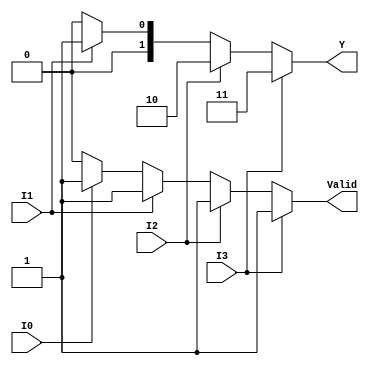
module priority_encoder_4to2 (
    input wire I0,  // Input 0
    input wire I1,  // Input 1
    input wire I2,  // Input 2
    input wire I3,  // Input 3
    output reg [1:0] Y, // 2-bit output
    output reg Valid // Valid output
);

always @(*) begin
    // Default values
    Y = 2'b00; // Default output
    Valid = 1'b0; // Default valid output

    // Check for active inputs in priority order
    if (I3) begin
        Y = 2'b11; // Highest priority
        Valid = 1'b1;
    end else if (I2) begin
        Y = 2'b10; // Second highest priority
        Valid = 1'b1;
    end else if (I1) begin
        Y = 2'b01; // Second lowest priority
        Valid = 1'b1;
    end else if (I0) begin
        Y = 2'b00; // Lowest priority
        Valid = 1'b1;
    end
end

endmodule